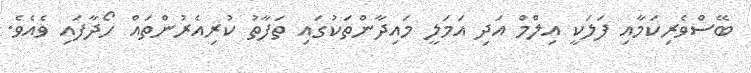
ބޭސްވެރިކަމާއި ފަލަކީ އިލްމް އަދި އަމަލީ މައިދާންތަކުގައި ތަފާތު ކުރިއެރުންތައް ހޯދާފައި ވެއެވެ.